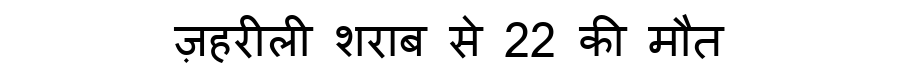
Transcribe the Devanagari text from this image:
ज़हरीली शराब से 22 की मौत